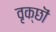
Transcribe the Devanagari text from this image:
वृक्छॊं